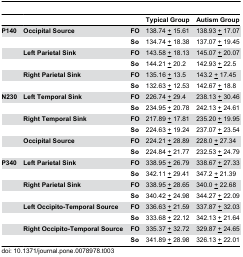
<table><thead><tr><td></td><td></td><td></td><td><b>Typical Group</b></td><td><b>Autism Group</b></td></tr></thead><tbody><tr><td><b>P140</b></td><td><b>Occipital Source</b></td><td><b>FO</b></td><td>138.74 <underline>+</underline> 15.61</td><td>138.93 <underline>+</underline> 17.07</td></tr><tr><td></td><td></td><td><b>So</b></td><td>134.74 <underline>+</underline> 18.38</td><td>137.07 <underline>+</underline> 19.45</td></tr><tr><td></td><td><b>Left Parietal Sink</b></td><td><b>FO</b></td><td>143.58 <underline>+</underline> 18.13</td><td>145.07 <underline>+</underline> 20.07</td></tr><tr><td></td><td></td><td><b>So</b></td><td>144.21 <underline>+</underline> 20.2</td><td>142.93 <underline>+</underline> 22.5</td></tr><tr><td></td><td><b>Right Parietal Sink</b></td><td><b>FO</b></td><td>135.16 <underline>+</underline> 13.5</td><td>143.2 <underline>+</underline> 17.45</td></tr><tr><td></td><td></td><td><b>So</b></td><td>132.63 <underline>+</underline> 12.53</td><td>142.67 <underline>+</underline> 18.8</td></tr><tr><td><b>N230</b></td><td><b>Left Temporal Sink</b></td><td><b>FO</b></td><td>226.74 <underline>+</underline> 29.4</td><td>238.13 <underline>+</underline> 30.46</td></tr><tr><td></td><td></td><td><b>So</b></td><td>234.95 <underline>+</underline> 20.78</td><td>242.13 <underline>+</underline> 24.61</td></tr><tr><td></td><td><b>Right Temporal Sink</b></td><td><b>FO</b></td><td>217.89 <underline>+</underline> 17.81</td><td>235.20 <underline>+</underline> 19.95</td></tr><tr><td></td><td></td><td><b>So</b></td><td>224.63 <underline>+</underline> 19.24</td><td>237.07 <underline>+</underline> 23.54</td></tr><tr><td></td><td><b>Occipital Source</b></td><td><b>FO</b></td><td>224.21 <underline>+</underline> 28.89</td><td>228.0 <underline>+</underline> 27.34</td></tr><tr><td></td><td></td><td><b>So</b></td><td>224.84 <underline>+</underline> 21.77</td><td>232.53 <underline>+</underline> 24.79</td></tr><tr><td><b>P340</b></td><td><b>Left Parietal Sink</b></td><td><b>FO</b></td><td>338.95 <underline>+</underline> 26.79</td><td>338.67 <underline>+</underline> 27.33</td></tr><tr><td></td><td></td><td><b>So</b></td><td>342.11 <underline>+</underline> 29.41</td><td>347.2 <underline>+</underline> 21.39</td></tr><tr><td></td><td><b>Right Parietal Sink</b></td><td><b>FO</b></td><td>338.95 <underline>+</underline> 28.65</td><td>340.0 <underline>+</underline> 22.68</td></tr><tr><td></td><td></td><td><b>So</b></td><td>340.42 <underline>+</underline> 24.98</td><td>344.27 <underline>+</underline> 22.09</td></tr><tr><td></td><td><b>Left Occipito-Temporal Source</b></td><td><b>FO</b></td><td>336.63 <underline>+</underline> 21.59</td><td>337.87 <underline>+</underline> 32.03</td></tr><tr><td></td><td></td><td><b>So</b></td><td>333.68 <underline>+</underline> 22.12</td><td>342.13 <underline>+</underline> 21.64</td></tr><tr><td></td><td><b>Right Occipito-Temporal Source</b></td><td><b>FO</b></td><td>335.37 <underline>+</underline> 32.72</td><td>329.87 <underline>+</underline> 24.65</td></tr><tr><td></td><td></td><td><b>So</b></td><td>341.89 <underline>+</underline> 28.98</td><td>326.13 <underline>+</underline> 22.01</td></tr></tbody></table>